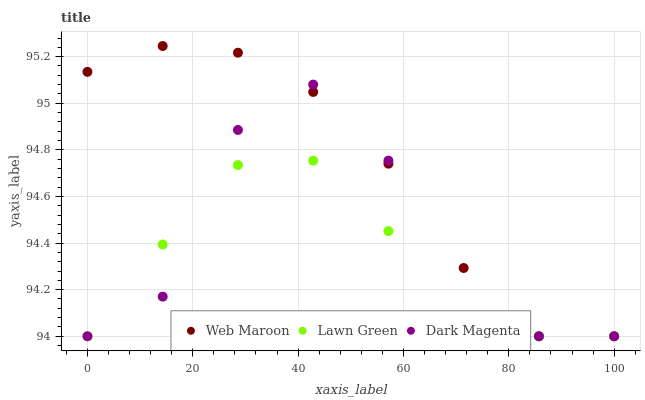
| xaxis_label | Web Maroon | Lawn Green | Dark Magenta |
 | --- | --- | --- | --- |
 | 0 | 95.1 | 94 | 94 |
 | 14.3 | 95.2 | 94.4 | 94.2 |
 | 28.6 | 95.2 | 94.7 | 94.9 |
 | 42.9 | 95 | 94.8 | 95.1 |
 | 57.1 | 94.7 | 94.5 | 94.8 |
 | 71.4 | 94.3 | 94 | 94 |
 | 85.7 | 94 | 94 | 94 |
 | 100 | 94 | 94 | 94 |